Vaccination in the Punjab 1883-1896 - 1883-1896
Year: 1883
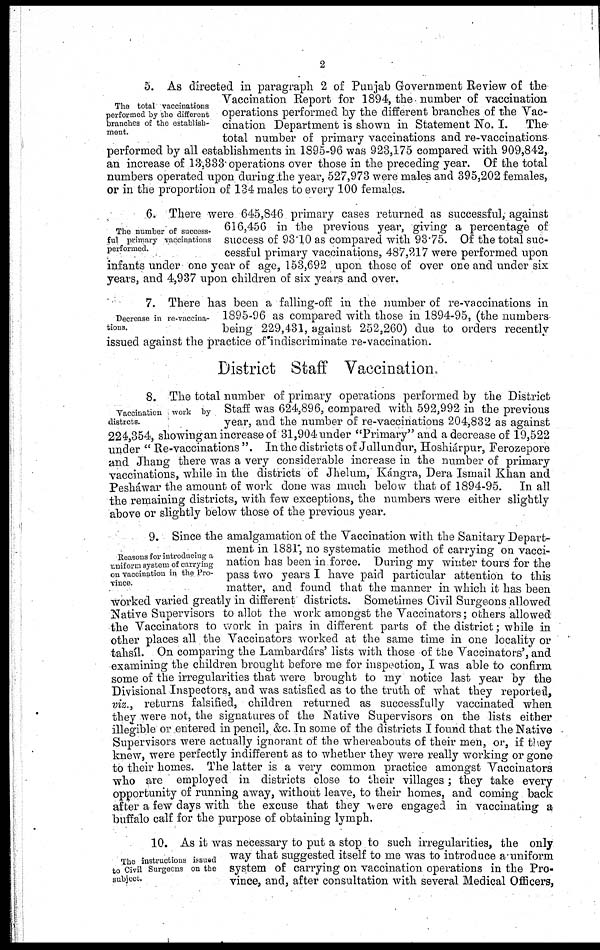
2
The total vaccinations
performed by the different
branches of the establish-
ment.
5. As directed in paragraph 2 of Punjab Government Review of the
Vaccination Report for 1894, the number of vaccination
operations performed by the different branches of the Vac-
cination Department is shown in Statement No. I.
The
total number of primary vaccinations and re-vaccinations
performed by all establishments in 1895-96 was 923,175 compared with 909,842,
an increase of 13,333 operations over those in the preceding year. Of the total
numbers operated upon during the year, 527,973 were males and 395,202 females,
or in the proportion of 134 males to every 100 females.
The number of success-
ful primary vaccinations
performed.
6. There were 645,846 primary cases returned as successful, against
616,456 in the previous year, giving a percentage of
success of 93.10 as compared with 93.75. Of the total suc-
cessful primary vaccinations, 487,217 were performed upon
infants under one year of age, 153,692 upon those of over one and under six
years, and 4,937 upon children of six years and over.
Decrease in re-vaccina-
tions.
7. There has been a falling-off in the number of re-vaccinations in
1895-96 as compared with those in 1894-95, (the numbers
being 229,431, against 252,260) due to orders recently
issued against the practice of indiscriminate re-vaccination.
District Staff Vaccination.
Vaccination work by
distrcts.
8. The total number of primary operations performed by the District
Staff was 624,896, compared with 592,992 in the previous
year, and the number of re-vaccinations 204,832 as against
224,354, showing an increase of 31,904 under "Primary" and a decrease of 19,522
under " Re-vaccinations ". In the districts of Jullundur, Hoshiárpur, Ferozepore
and Jhang there was a very considerable increase in the number of primary
vaccinations, while in the districts of Jhelum, Kángra, Dera Ismail Khan and
Pesháwar the amount of work done was much below that of 1894-95. In all
the remaining districts, with few exceptions, the numbers were either slightly
above or slightly below those of the previous year.
Reasons for introducing a
uniform system of carrying
on vaccination in the Pro-
vince.
9. Since the amalgamation of the Vaccination with the Sanitary Depart-
ment in 1881, no systematic method of carrying on vacci-
nation has been in force. During my winter tours for the
pass two years I have paid particular attention to this
matter, and found that the manner in which it has been
worked varied greatly in different districts. Sometimes Civil Surgeons allowed
Native Supervisors to allot the work amongst the Vaccinators; others allowed
the Vaccinators to work in pairs in different parts of the district; while in
other places all the Vaccinators worked at the same time in one locality or
tahsíl. On comparing the Lambardárs' lists with those of the Vaccinators', and
examining the children brought before me for inspection, I was able to confirm
some of the irregularities that were brought to my notice last year by the
Divisional Inspectors, and was satisfied as to the truth of what they reported,
viz., returns falsified, children returned as successfully vaccinated when
they were not, the signatures of the Native Supervisors on the lists either
illegible or entered in pencil, &c. In some of the districts I found that the Native
Supervisors were actually ignorant of the whereabouts of their men, or, if they
knew, were perfectly indifferent as to whether they were really working or gone
to their homes. The latter is a very common practice amongst Vaccinators
who are employed in districts close to their villages; they take every
opportunity of running away, without leave, to their homes, and coming back
after a few days with the excuse that they were engaged in vaccinating a
buffalo calf for the purpose of obtaining lymph.
The instructions issued
to Civil Surgeons on the
subject.
10. As it was necessary to put a stop to such irregularities, the only
way that suggested itself to me was to introduce a uniform
system of carrying on vaccination operations in the Pro-
vince, and, after consultation with several Medical Officers,